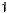
1